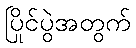
ပြိုင်ပွဲအတွက်